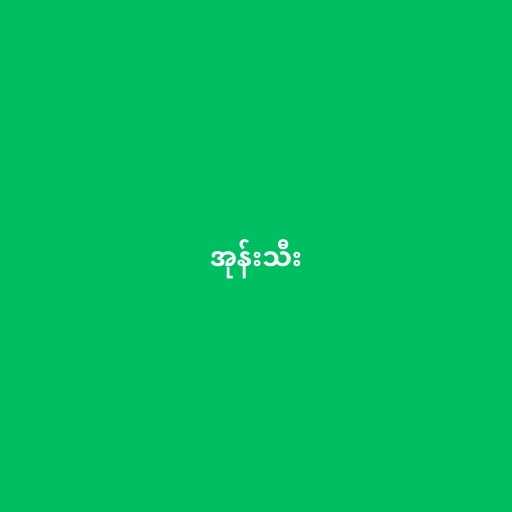
အုန်းသီး